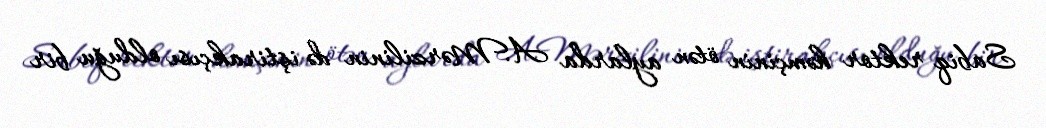
Sabiq rektor həmçinin ötən aylarda A.Mərzilinin də iştirakçısı olduğu bir